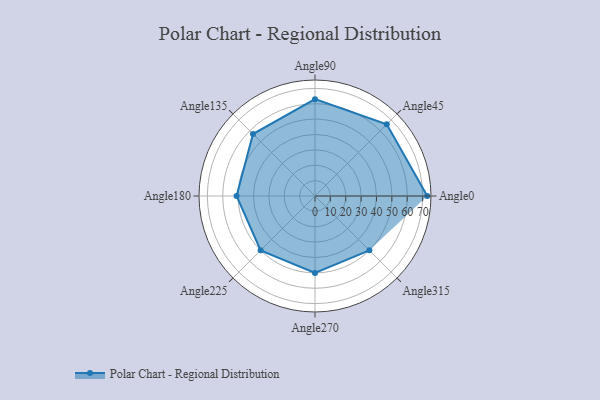
{"axis": {"x": "Angle", "y": "Radius"}, "legend": [""], "data": [{"x": "Angle0", "y": 73.0, "type": ""}, {"x": "Angle45", "y": 66.0, "type": ""}, {"x": "Angle90", "y": 63.0, "type": ""}, {"x": "Angle135", "y": 57.0, "type": ""}, {"x": "Angle180", "y": 51.0, "type": ""}, {"x": "Angle225", "y": 50, "type": ""}, {"x": "Angle270", "y": 50, "type": ""}, {"x": "Angle315", "y": 50, "type": ""}]}